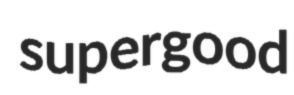
supergood